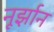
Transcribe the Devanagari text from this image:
नूर्झान